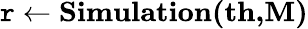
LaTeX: \mathtt{r}\leftarrow\textbf{{Simulation(th,M)}}